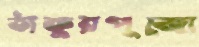
ঠাকুরপুজো